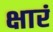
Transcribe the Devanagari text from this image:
क्षारं